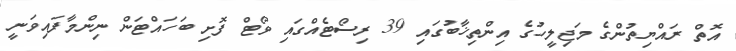
އޮތް ރައްޔިތުންގެ މަޖިލީހުގެ އިންތިޚާބުގައި 39 ރިސޯޓެއްގައި ވޯޓް ފޮށި ބަހައްޓަން ނިންމާފައިވަނީ